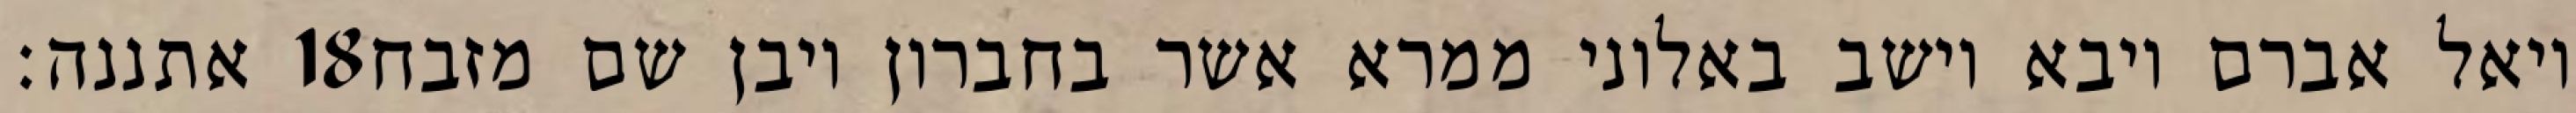
אתננה׃ ‎18‏ ויאל אברם ויבא וישב באלוני ממרא אשר בחברון ויבן שם מזבח